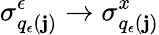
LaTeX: \sigma_{q_{\epsilon}(\mathbf{j})}^{\epsilon}\to\sigma_{q_{\epsilon}(\mathbf{j})}^{x}